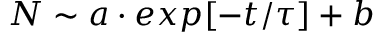
N \sim a \cdot e x p [ - t / \tau ] + b